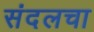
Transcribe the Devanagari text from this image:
संदलचा